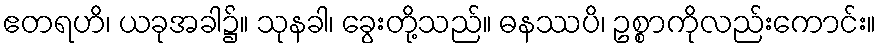
ဧတရဟိ၊ ယခုအခါ၌။ သုနခါ၊ ခွေးတို့သည်။ ဓနဿပိ၊ ဥစ္စာကိုလည်းကောင်း။